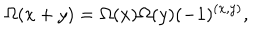
\Omega ( x + y ) = \Omega ( x ) \Omega ( y ) ( - 1 ) ^ { ( x , y ) } ,